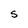
Character: S